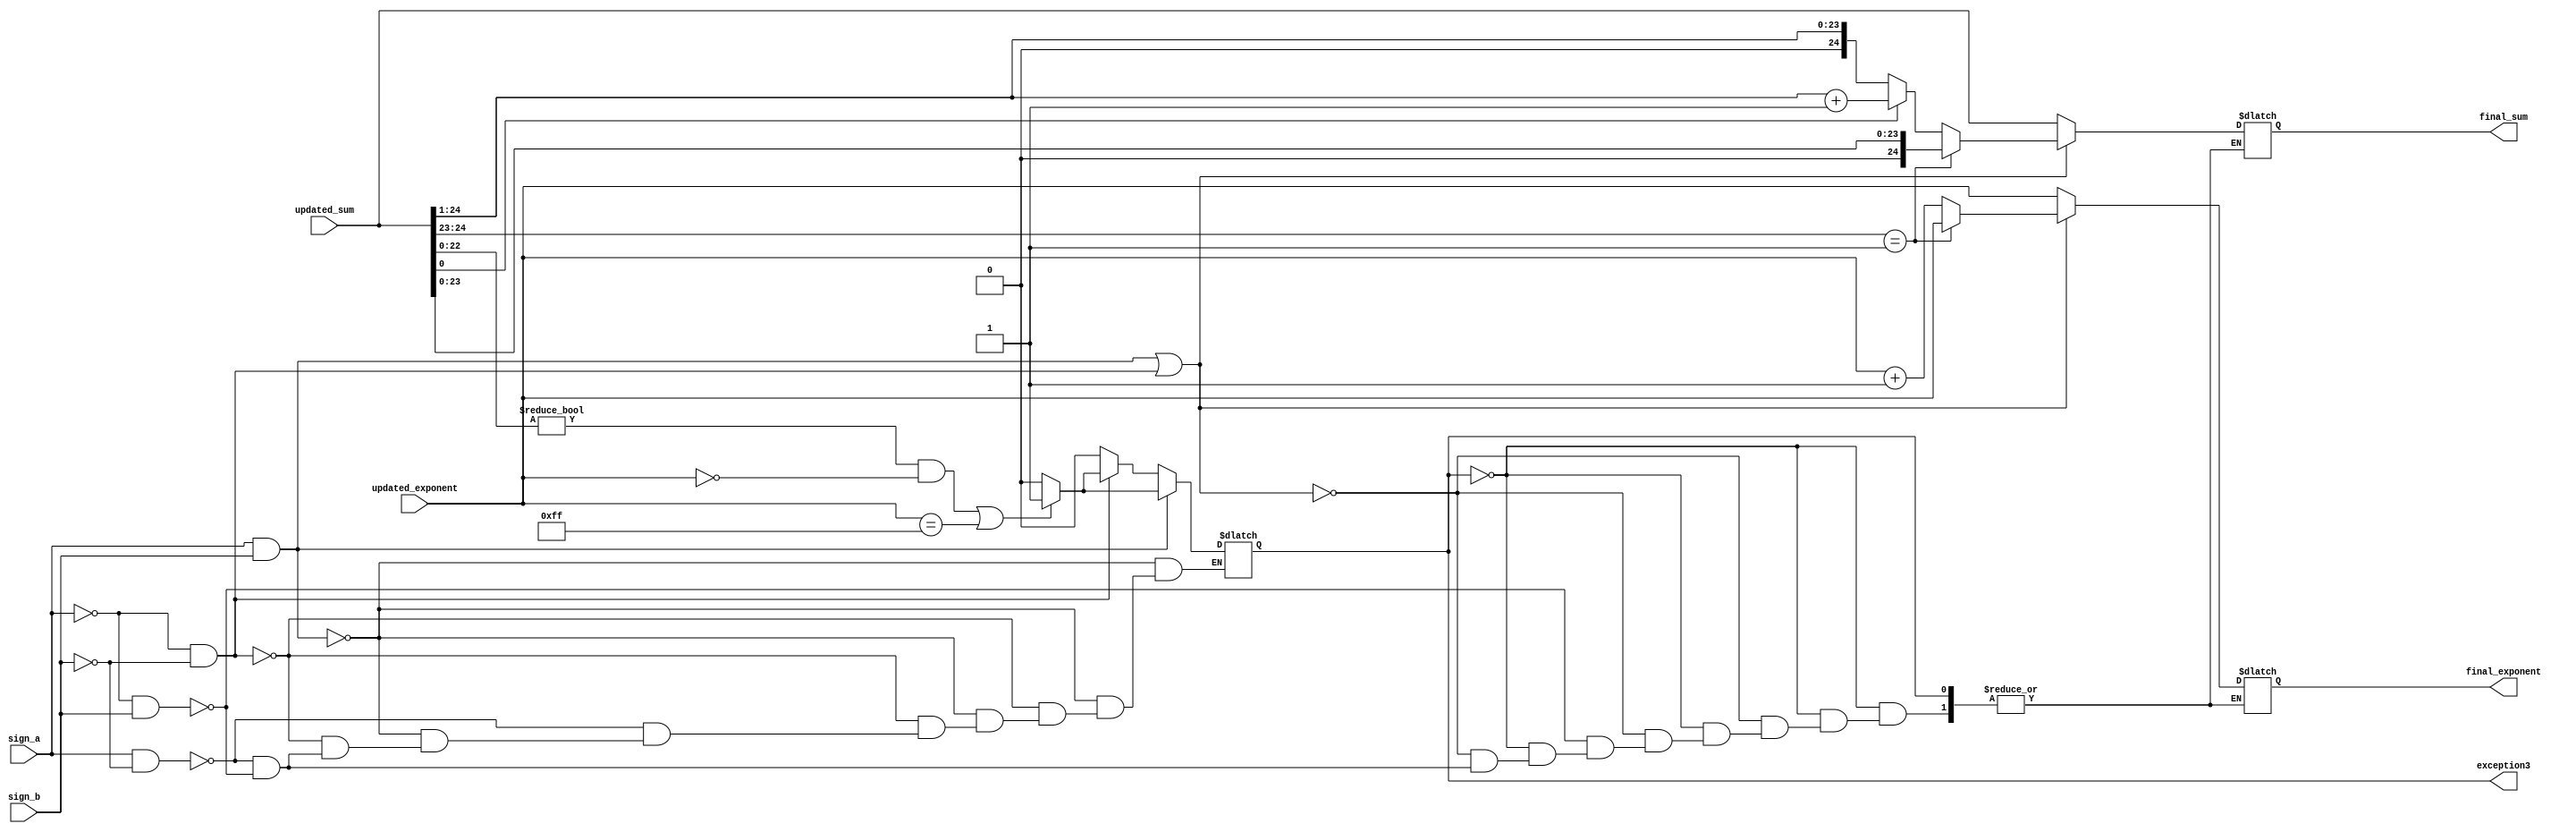
module c_a2shift2(sign_a, sign_b, updated_sum, updated_exponent, final_exponent, final_sum, exception3);


input [24:0]updated_sum;
input [7:0]updated_exponent;
input sign_a,sign_b;

output reg exception3;
output reg [24:0] final_sum;
output reg [7:0] final_exponent;

reg [23:0]updated_sum_temp;

always@(*)
begin
	if(sign_a == 1'b1 && sign_b == 1'b1)
	begin
	if(((updated_sum[22:0] != 23'b0 )&&(updated_exponent == 8'b0)) || (updated_exponent == 8'b11111111) ) 
	exception3 = 1'b1;
	else
	exception3 = 1'b0;
	end
	
	else if(sign_a == 1'b0 && sign_b == 1'b0)
	begin
	if(((updated_sum[22:0] != 23'b0 )&&(updated_exponent == 8'b0)) || (updated_exponent == 8'b11111111) ) 
	exception3 = 1'b1;
	else
	exception3 = 1'b0;
	end
	
	
	else if(sign_a == 1'b1 && sign_b == 1'b0)
	begin
	exception3 = 1'b0;
	end
	
	else if(sign_a == 1'b0 && sign_b == 1'b1)
	begin
	exception3 = 1'b0;
	end
	

end

always@(*)
begin


	if(exception3 == 1'b0)
	begin
	
		if((sign_a == 1'b1 && sign_b == 1'b1) || (sign_a == 1'b0 && sign_b == 1'b0))
		begin
	
		if(updated_sum[24:23] == 2'b01)   //if(sum[24:23] == 2'b00 || sum[24:23] == 2'b01)
		begin
			final_sum = {1'b0,updated_sum[23:0]};
			final_exponent = updated_exponent;
		end
		else
	 	begin
			if(updated_sum[0] == 1'b0)
			begin
			final_sum = {1'b0,updated_sum[24:1]};
			final_exponent = updated_exponent +1'b1;
			end	
			else if(updated_sum[0] == 1'b1)
			begin
			//updated_sum_temp = updated_sum[24:1];
			final_sum= updated_sum[24:1] + 1'b1;
			final_exponent = updated_exponent +1'b1;
			end
			else
			begin
			//updated_sum_temp = updated_sum[24:1];
			final_sum= 25'b0;
			final_exponent = 8'b0;
			end
		end
		end
		
		

		else if(sign_a == 1'b0 && sign_b == 1'b1)
		begin
		
		final_sum = updated_sum;
		final_exponent = updated_exponent;
		end

		else if(sign_a == 1'b1 && sign_b == 1'b0)
		begin
		
		final_sum = updated_sum;
		final_exponent = updated_exponent;
		end

		

end
end

endmodule